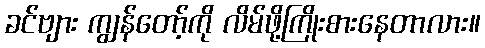
ခင်ဗျား ကျွန်တော့်ကို လိမ်ဖို့ကြိုးစားနေတာလား။